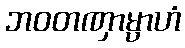
ဘဝတဏှာမ္ပာဟံ